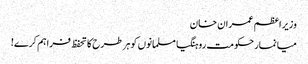
وزیر اعظم عمران خان
میانمار حکومت روہنگیا مسلمانوں کو ہر طرح کا تحفظ فراہم کرے!